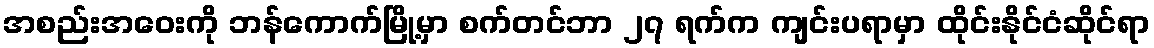
အစည်းအဝေးကို ဘန်ကောက်မြို့မှာ စက်တင်ဘာ ၂၇ ရက်က ကျင်းပရာမှာ ထိုင်းနိုင်ငံဆိုင်ရာ